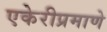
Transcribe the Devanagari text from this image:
एकेरीप्रमाणे